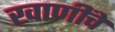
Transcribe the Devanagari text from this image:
खाणींचे